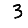
Digit: 3